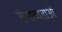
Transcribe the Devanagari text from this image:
संभाव्यताओं